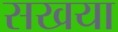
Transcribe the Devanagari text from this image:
सखया